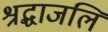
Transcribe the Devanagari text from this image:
श्रद्धाजलि